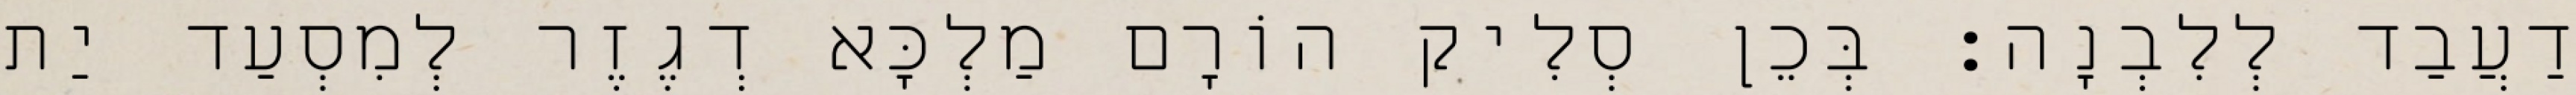
דַעֲבַד לְלִבְנָה׃ בְּכֵן סְלִיק הוֹרָם מַלְכָּא דְגֶזֶר לְמִסְעַד יַת